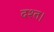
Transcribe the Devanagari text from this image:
दश्त।